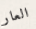
العار